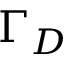
\Gamma _ { D }